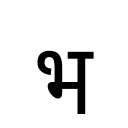
OCR:
भ